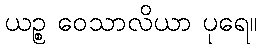
ယဉ္စ ဝေသာလိယာ ပုရေ။